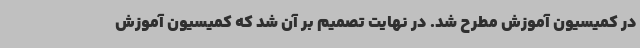
در کمیسیون آموزش مطرح شد. در نهایت تصمیم بر آن شد که کمیسیون آموزش